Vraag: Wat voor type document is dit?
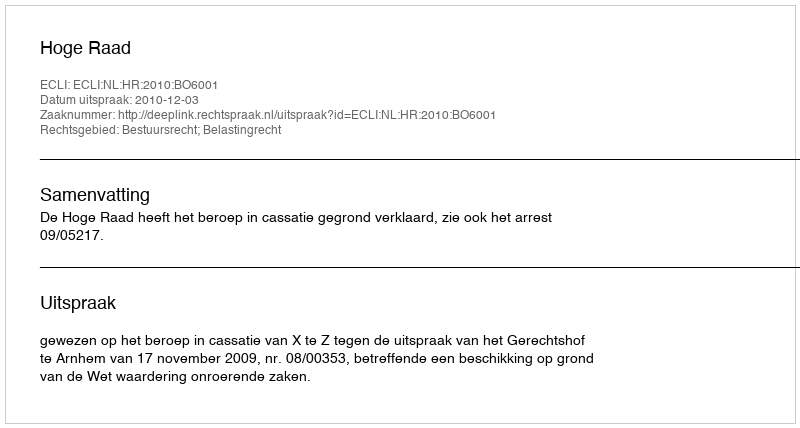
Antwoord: Uitspraak